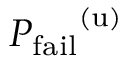
{ P _ { \mathrm { f a i l } } } ^ { ( \mathrm { u } ) }